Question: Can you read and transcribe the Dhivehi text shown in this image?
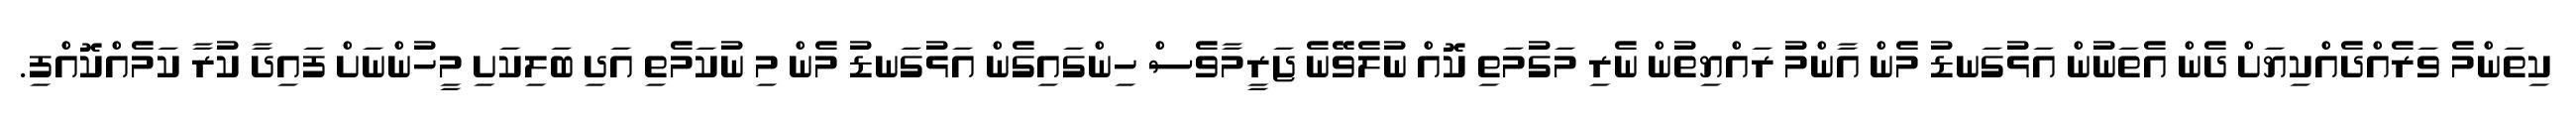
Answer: ކިތަންމެ ވަރެއްދެއްކިޔަށް ދެން އެތަނުން އަޅުގަނޑު މެން އާންމު ރައްޔިތުން ނެރި މަގުމަތި ކޮއް ނުލެވޭނެ ޖަރީމާވެސް ހިންގައިގެން އަޅުގަނޑު މެން މި ނުކަމެތި އަދި ބަލިކަށި މީހުންނަށް ފައިދާ ކުރާ ކަމެއްކޮއްފި.